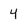
Character: 4